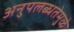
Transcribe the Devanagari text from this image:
अनुपलब्धतेमुळे